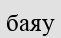
баяу